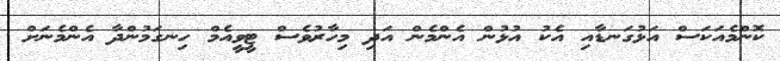
ކޮންމެއަކަސް އަޅުގަނޑާއި އެކު އުޅުން އެންމެން އަދި މިހާރުވެސް ޓީވީއެމް ހިނގަމުންދާ އެންމެނަށް